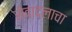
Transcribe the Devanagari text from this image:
सेवादलाचा